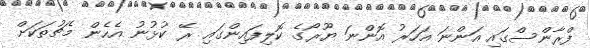
ފްރާންސްގައި އަންނަ އަހަރު އޮންނަ ޔޫރޯގެ ކޮލިފައިންގައި ރޭ ކުޅުނު އެހެން މެޗުތަކަށް